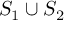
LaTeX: S _ { 1 } \cup S _ { 2 }